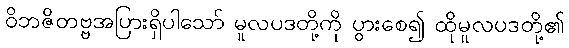
ဝိဘဇိတဗ္ဗအပြားရှိပါသော် မူလပဒတို့ကို ပွားစေ၍ ထိုမူလပဒတို့၏